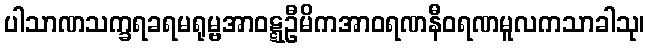
ပါသာဏသက္ခရခရမရုမ္ဗအာဝဋ္ဋဦမိကအာဝရဏနီဝရဏမူလကသာခါသု၊